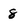
Character: 8